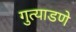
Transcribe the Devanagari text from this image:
गुत्याडणे